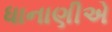
ધાનાણીએ